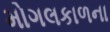
મોગલકાળના